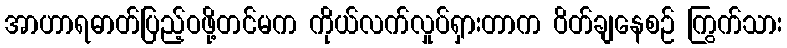
အာဟာရဓာတ်ပြည့်ဝဖို့တင်မက ကိုယ်လက်လှုပ်ရှားတာက ဝိတ်ချနေစဉ် ကြွက်သား